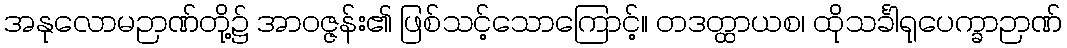
အနုလောမဉာဏ်တို့၌ အာဝဇ္ဇန်း၏ ဖြစ်သင့်သောကြောင့်။ တဒတ္ထာယစ၊ ထိုသင်္ခါရုပေက္ခာဉာဏ်